Leaving Certificate Examination (including Day School Certificate (Higher) General paper), 1935
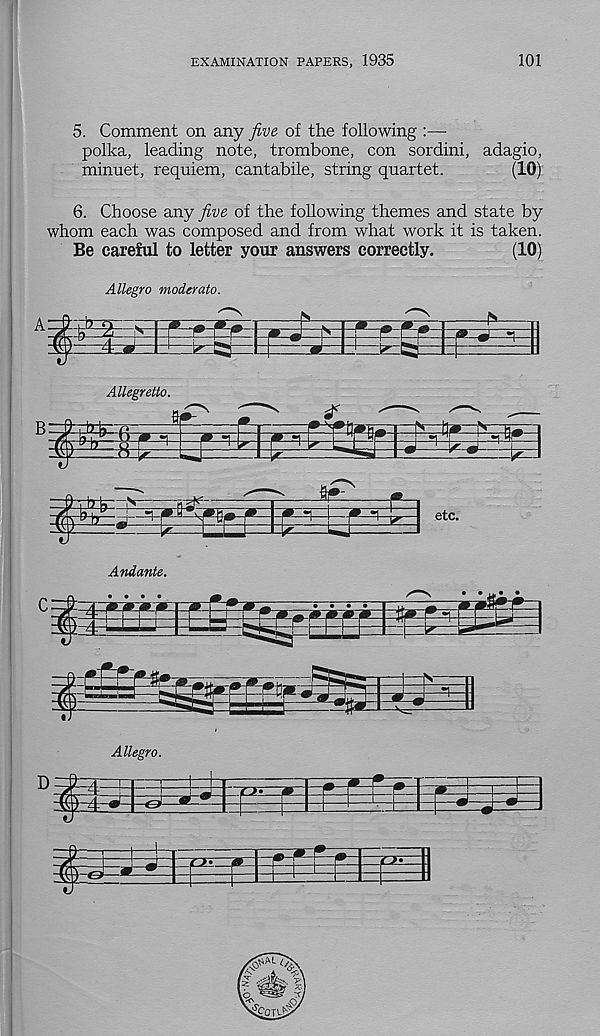
EXAMINATION PAPERS, 1935
101
5. Comment on any five of the following :—
polka, leading note, trombone, con sordini, adagio,
minuet, requiem, cantabile, string quartet.
(10)
6. Choose any five of the following themes and state by
whom each was composed and from what work it is taken.
Be careful to letter your answers correctly.
(10)
Allegro moderato.
Allegro.